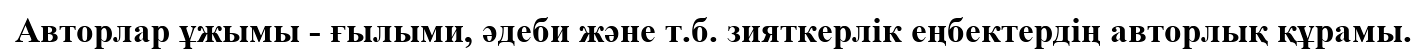
Авторлар ұжымы - ғылыми, әдеби және т.б. зияткерлік еңбектердің авторлық құрамы.